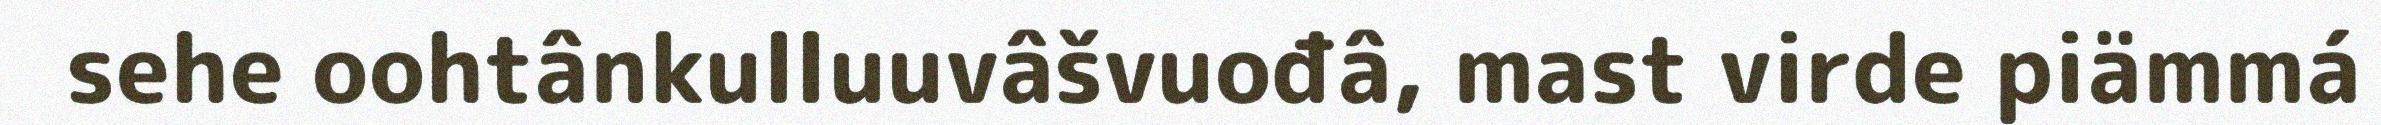
sehe oohtânkulluuvâšvuođâ, mast virde piämmá